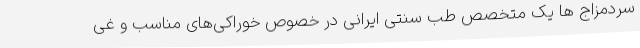
سردمزاج‌ ها یک متخصص طب سنتی ایرانی در خصوص خوراکی‌های مناسب و غی